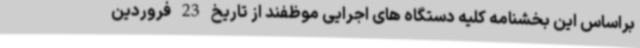
براساس این بخشنامه کلیه دستگاه های اجرایی موظفند از تاریخ 23 فروردین